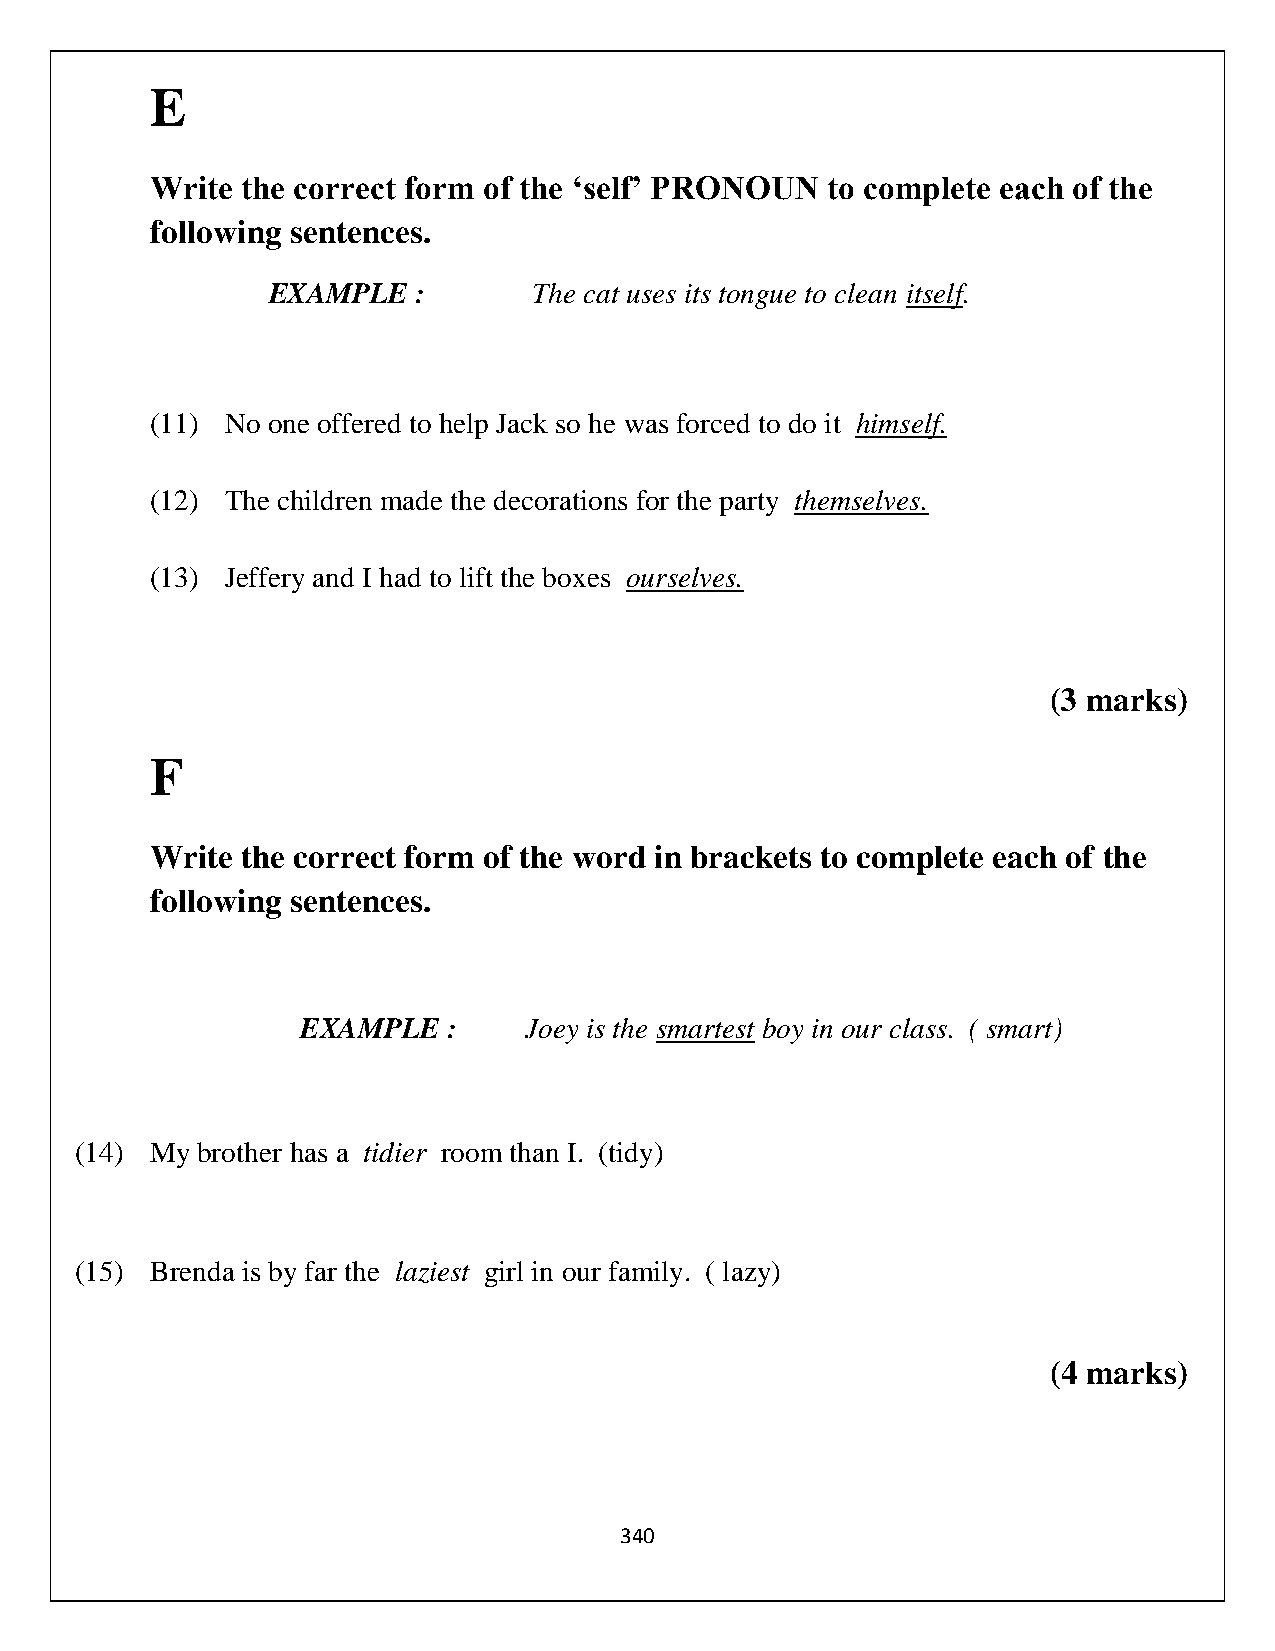
E
 Write the correct form of the ‘self’ PRONOUN to complete each of the
 following sentences.
 EXAMPLE   :      The cat uses its tongue to clean itself.
 (11) No one offered to help Jack so he was forced to do it himself.
 (12) The children made the decorations for the party themselves.
 (13) Jeffery and I had to lift the boxes ourselves.
 (3 marks)
 F
 Write the correct form of the word in brackets to complete each of the
 following sentences.
 EXAMPLE   :    Joey is the smartest boy in our class. ( smart)
 (14) My brother has a tidier room than I. (tidy)
 (15) Brenda is by far the laziest girl in our family. ( lazy)
 (4 marks)
 340